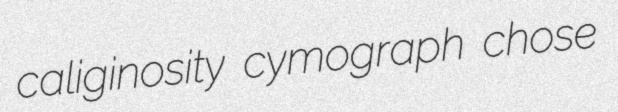
caliginosity cymograph chose